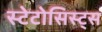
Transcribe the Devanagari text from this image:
स्टेटोसिस्ट्स